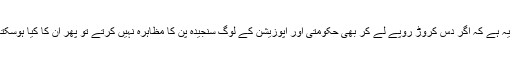
سوال یہ ہے کہ اگر دس کروڑ روپے لے کر بھی حکومتی اور اپوزیشن کے لوگ سنجیدہ پن کا مظاہرہ نہیں کرتے تو پھر ان کا کیا ہوسکتا ہے؟